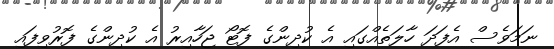
ނަމަވެސް އެފަދަ ހާލަތެއްގައި އެ ކުދިންގެ ފޮޓޯ ޖަހާއިރު އެ ކުދިންގެ ފޮރުވިފައި